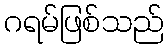
ဂရမ်ဖြစ်သည်